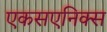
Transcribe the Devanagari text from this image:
एकसएनिक्स